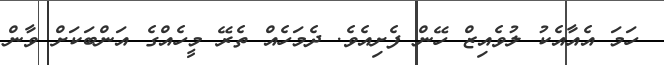
ހަމަ އެއާއެކު ލުވެއިޒް ހޭން ފެށިއެވެ. ދެމަހެއް ތެރޭ މީހެއްގެ އަންބަކަށް ވާން